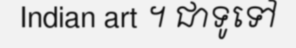
Indian art ។ ជាទូទៅ